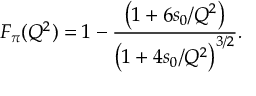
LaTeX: [ \chi _ { i } ( x ) , \vec { B } ( y ) ] = \frac { 4 \pi i } { e } \vec { g } _ { i } \delta ^ { 2 } ( x - y )